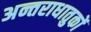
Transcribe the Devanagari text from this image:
अन्तराधातुकों